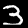
Digit: 3